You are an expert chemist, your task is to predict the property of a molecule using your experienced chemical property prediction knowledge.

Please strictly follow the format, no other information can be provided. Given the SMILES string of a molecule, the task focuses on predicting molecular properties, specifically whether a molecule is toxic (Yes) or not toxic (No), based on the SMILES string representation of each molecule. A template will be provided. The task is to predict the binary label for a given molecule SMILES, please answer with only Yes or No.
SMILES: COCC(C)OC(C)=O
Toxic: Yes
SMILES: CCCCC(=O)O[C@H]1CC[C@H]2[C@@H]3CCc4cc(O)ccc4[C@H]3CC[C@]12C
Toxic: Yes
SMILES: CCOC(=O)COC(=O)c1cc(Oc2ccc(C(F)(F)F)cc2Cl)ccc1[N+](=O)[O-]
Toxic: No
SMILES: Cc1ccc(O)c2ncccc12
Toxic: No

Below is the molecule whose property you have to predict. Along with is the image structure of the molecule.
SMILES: CN(C)CCOCCN(C)CCO
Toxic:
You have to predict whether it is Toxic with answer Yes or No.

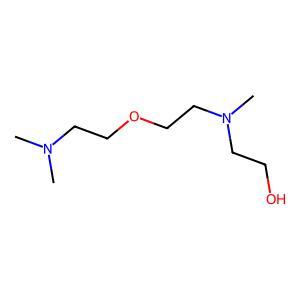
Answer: No